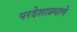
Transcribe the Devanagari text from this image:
परदेशाप्रमाणे